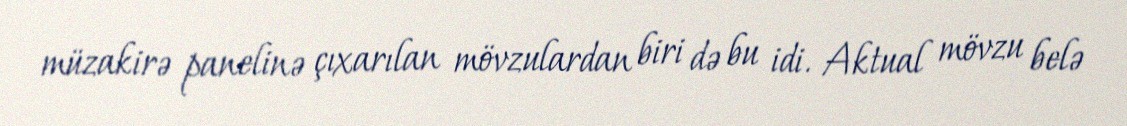
müzakirə panelinə çıxarılan mövzulardan biri də bu idi. Aktual mövzu belə